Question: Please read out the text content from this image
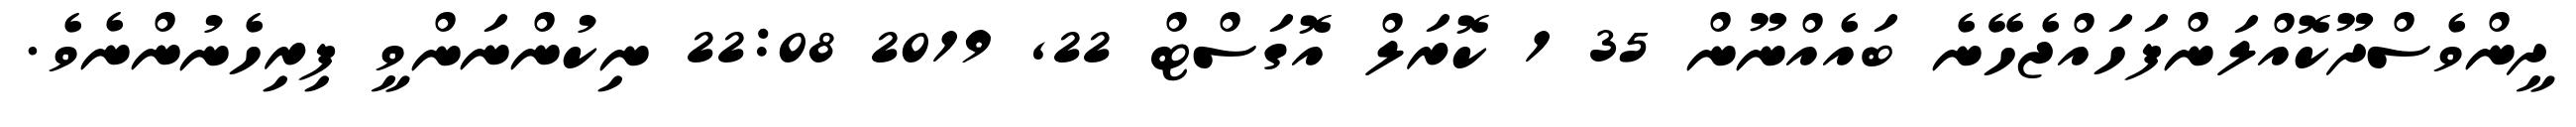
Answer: ދީންވެސްދޫކޮއްލަންފަހައްޖެހޭނެ ބައެއްނޫން 35 1 ކޮރަލް އޮގަސްޓް 22, 2019 22:08 ނިކުންނަންވީ ފިރިހެނުންނެވެ.